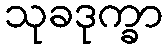
သုခဒုက္ခာ